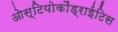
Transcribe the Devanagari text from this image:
ओस्टियोकौंड्राईटिस